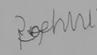
Signature authenticity: forged